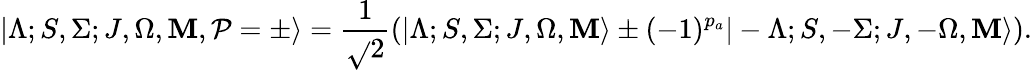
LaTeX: |\Lambda;S,\Sigma;J,\Omega,\mathbf{M},\mathcal{{P}}=\pm\rangle=\frac{{1}}{{\sqrt{}{{2}}}}(|\Lambda;S,\Sigma;J,\Omega,\mathbf{M}\rangle\pm(-1)^{p_{a}}|-\Lambda;S,-\Sigma;J,-\Omega,\mathbf{M}\rangle).